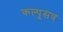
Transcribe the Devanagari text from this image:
कल्पूसत्र